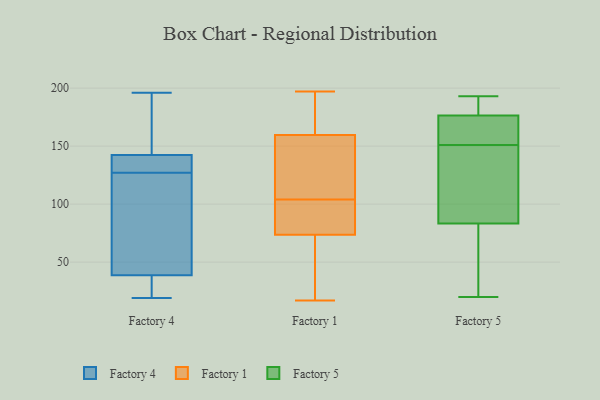
{"axis": {"x": "Gross Profit (USD K)", "y": "Value"}, "legend": ["Factory 1", "Factory 4", "Factory 5"], "data": [{"x": "", "y": 176, "type": "Factory 4"}, {"x": "", "y": 83, "type": "Factory 4"}, {"x": "", "y": 196, "type": "Factory 4"}, {"x": "", "y": 62, "type": "Factory 4"}, {"x": "", "y": 19, "type": "Factory 4"}, {"x": "", "y": 41, "type": "Factory 4"}, {"x": "", "y": 128, "type": "Factory 4"}, {"x": "", "y": 24, "type": "Factory 4"}, {"x": "", "y": 137, "type": "Factory 4"}, {"x": "", "y": 127, "type": "Factory 4"}, {"x": "", "y": 32, "type": "Factory 4"}, {"x": "", "y": 130, "type": "Factory 4"}, {"x": "", "y": 158, "type": "Factory 4"}, {"x": "", "y": 53, "type": "Factory 1"}, {"x": "", "y": 71, "type": "Factory 1"}, {"x": "", "y": 40, "type": "Factory 1"}, {"x": "", "y": 192, "type": "Factory 1"}, {"x": "", "y": 17, "type": "Factory 1"}, {"x": "", "y": 131, "type": "Factory 1"}, {"x": "", "y": 76, "type": "Factory 1"}, {"x": "", "y": 83, "type": "Factory 1"}, {"x": "", "y": 197, "type": "Factory 1"}, {"x": "", "y": 152, "type": "Factory 1"}, {"x": "", "y": 181, "type": "Factory 1"}, {"x": "", "y": 163, "type": "Factory 1"}, {"x": "", "y": 98, "type": "Factory 1"}, {"x": "", "y": 109, "type": "Factory 1"}, {"x": "", "y": 156, "type": "Factory 1"}, {"x": "", "y": 96, "type": "Factory 1"}, {"x": "", "y": 99, "type": "Factory 1"}, {"x": "", "y": 20, "type": "Factory 1"}, {"x": "", "y": 167, "type": "Factory 1"}, {"x": "", "y": 135, "type": "Factory 1"}, {"x": "", "y": 193, "type": "Factory 5"}, {"x": "", "y": 92, "type": "Factory 5"}, {"x": "", "y": 151, "type": "Factory 5"}, {"x": "", "y": 161, "type": "Factory 5"}, {"x": "", "y": 23, "type": "Factory 5"}, {"x": "", "y": 182, "type": "Factory 5"}, {"x": "", "y": 87, "type": "Factory 5"}, {"x": "", "y": 82, "type": "Factory 5"}, {"x": "", "y": 20, "type": "Factory 5"}, {"x": "", "y": 175, "type": "Factory 5"}, {"x": "", "y": 177, "type": "Factory 5"}]}